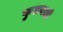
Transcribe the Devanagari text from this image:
फुलबाड़ी